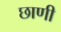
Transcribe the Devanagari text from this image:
छाणी